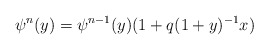
\begin{align*}\psi^n(y) = \psi^{n-1}(y)(1+q(1+y)^{-1}x)\end{align*}